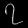
Digit: ၇